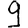
Digit: 9